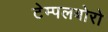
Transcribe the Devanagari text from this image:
टेम्पलबोरो